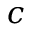
c